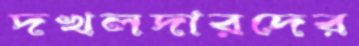
দখলদারদের